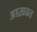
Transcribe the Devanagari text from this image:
अडख़ळत